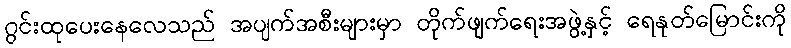
ဂွင်းထုပေးနေလေသည် အပျက်အစီးများမှာ တိုက်ဖျက်ရေးအဖွဲ့နှင့် ရေနုတ်မြောင်းကို